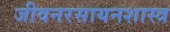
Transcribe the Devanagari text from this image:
जीवनरसायनशास्त्र